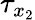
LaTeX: \tau_{x_{2}}